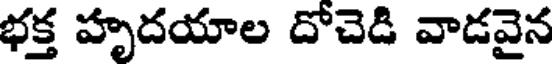
భక్త హృదయాల దోచెడి వాడవైన